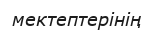
мектептерінің